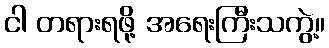
ငါ တရားရဖို့ အရေးကြီးသကွဲ့။